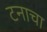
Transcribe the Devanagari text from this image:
टनाचा